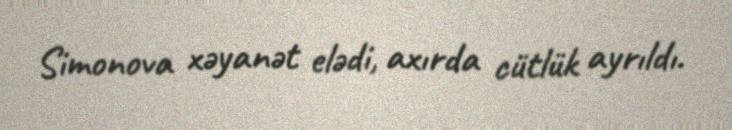
Simonova xəyanət elədi, axırda cütlük ayrıldı.